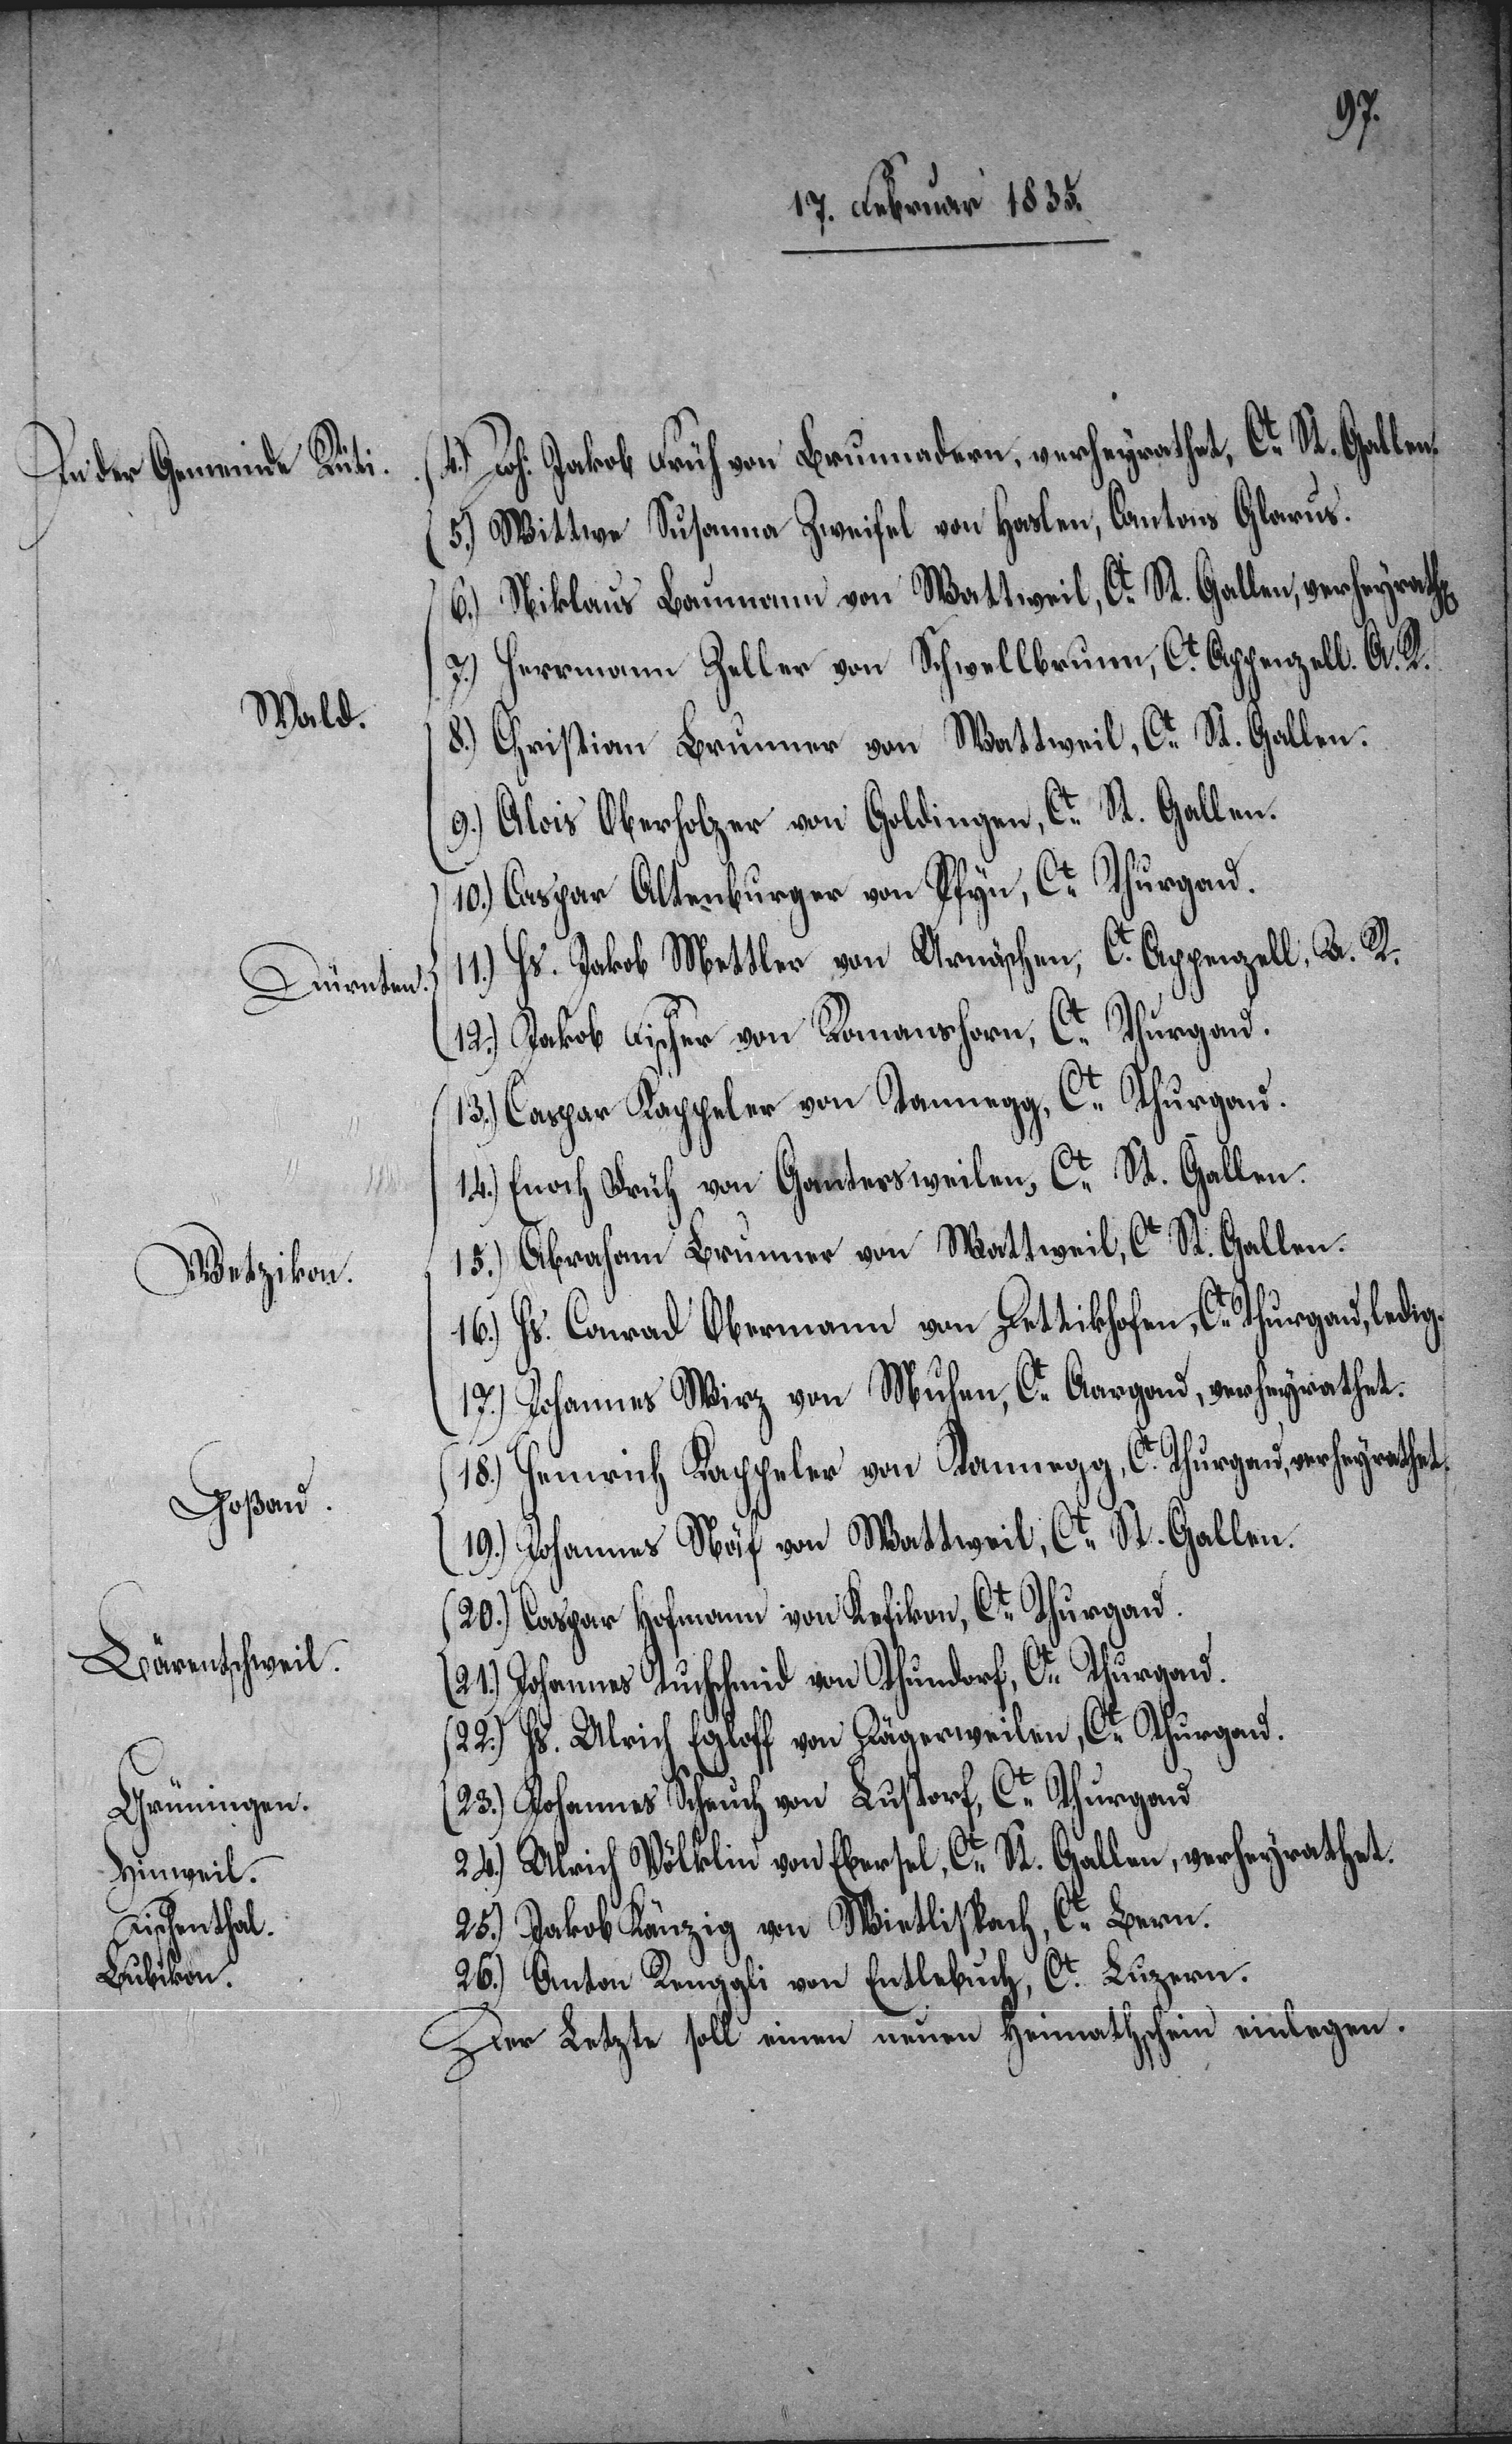
Wald.
Dürnten.
Wetzikon.
Goßau.
Bärentschweil.
Grüningen.
Hinweil.
Fischenthal.
Bubikon.

4.) Joh. Jakob Früh von Brunnadern, verheyrathet, Ct. St. Gallen.
5.) Wittwe Susanna Zweifel von Haslen, Cantons Glarus.
6.) Niklaus Baumann von Wattweil, Ct. St. Gallen, verheyrathet.
7.) Herrmann Zeller von Schwellbrunn, Ct. Appenzell. A. R.
8.) Christian Brunner von Wattweil, Ct. St. Gallen.
9.) Alois Oberholzer von Goldingen, Ct. St. Gallen.
10.) Caspar Altenburger von Pfyn, Ct. Thurgau.
11.) Hs. Jakob Mettler von Urnäschen, Ct. Appenzell A. R.
12.) Jakob Fischer von Romanshorn, Ct. Thurgau.
13.) Caspar Kappeler von Tannegg, Ct. Thurgau.
14.) Enoch Früh von Gantersweilen, Ct. St. Gallen.
15.) Abraham Brunner von Wattweil, Ct. St. Gallen.
16.) Hs. Conrad Obermann von Dettikhofen, Ct. Thurgau, ledig.
17.) Johannes Wirz von Muhen, Ct. Aargau, verheyrathet.
18.) Heinrich Kappeler von Tannegg, Ct. Thurgau, verheyrathet.
19.) Johannes Näf von Wattweil, Ct. St. Gallen.
20.) Caspar Hofmann von Kefikon, Ct. Thurgau.
21.) Johannes Tuchschmid von Thundorf, Ct. Thurgau.
22.) Hs. Ulrich Egloff von Dägerweilen, Ct. Thurgau.
23.) Johannes Scheuch von Lustorf, Ct. Thurgau.
24.) Ulrich Völklin von Ebersel, Ct. St. Gallen, verheyrathet.
25.) Jakob Känzig von Wietlispach, Ct. Bern.
26.) Anton Renggli von Entlebuch, Ct. Luzern.
Der letzte soll einen neuen Heimathschein einlegen.